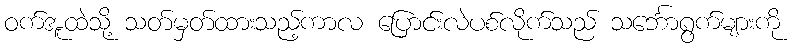
ဝက်အူထဲသို့ သတ်မှတ်ထားသည့်ကာလ ပြောင်းလဲပစ်လိုက်သည် သင်္ဘောရွက်များကို